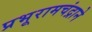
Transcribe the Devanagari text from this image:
प्रभूरामचंद्राने